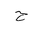
Letter: _ha